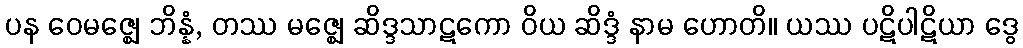
ပန ဝေမဇ္ဈေ ဘိန္နံ, တဿ မဇ္ဈေ ဆိဒ္ဒသာဋကော ဝိယ ဆိဒ္ဒံ နာမ ဟောတိ။ ယဿ ပဋိပါဋိယာ ဒွေ